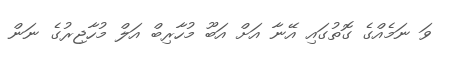
ވަ ނަމެއްގެ ގޮތުގައި އޭނާ އަށް އަބޫ މުހާރިބް އަލް މުހާޖިރުގެ ނަން